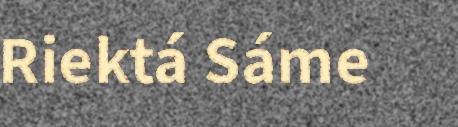
Riektá Sáme